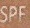
SPF